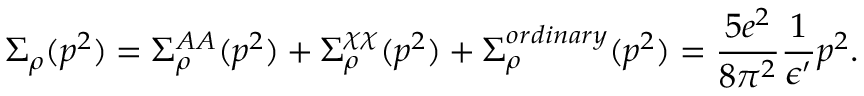
\Sigma _ { \rho } ( p ^ { 2 } ) = \Sigma _ { \rho } ^ { A A } ( p ^ { 2 } ) + \Sigma _ { \rho } ^ { \chi \chi } ( p ^ { 2 } ) + \Sigma _ { \rho } ^ { o r d i n a r y } ( p ^ { 2 } ) = { \frac { 5 e ^ { 2 } } { 8 \pi ^ { 2 } } } { \frac { 1 } { \epsilon ^ { \prime } } } p ^ { 2 } .